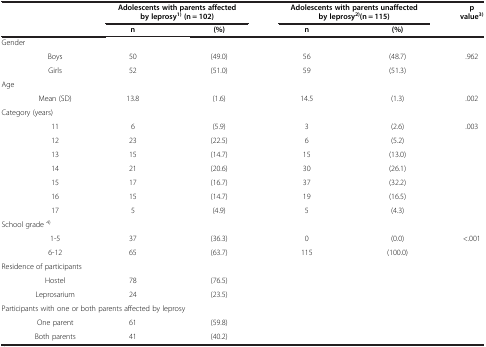
| <ROWSPAN=2-COLSPAN=2>  | <COLSPAN=2> Adolescents with parents affected by leprosy1)(n = 102) | <COLSPAN=2> Adolescents with parents unaffected by leprosy2)(n = 115) | <ROWSPAN=2> p value3) |
 | n | (%) | n | (%) |
 | --- | --- | --- | --- | --- | --- | --- |
 | <COLSPAN=7> Gender |
 |  | Boys | 50 | (49.0) | 56 | (48.7) | <ROWSPAN=2> .962 |
 |  | Girls | 52 | (51.0) | 59 | (51.3) |
 | <COLSPAN=7> Age |
 |  | Mean (SD) | 13.8 | (1.6) | 14.5 | (1.3) | .002 |
 | <COLSPAN=7> Category (years) |
 |  | 11 | 6 | (5.9) | 3 | (2.6) | <ROWSPAN=7> .003 |
 |  | 12 | 23 | (22.5) | 6 | (5.2) |
 |  | 13 | 15 | (14.7) | 15 | (13.0) |
 |  | 14 | 21 | (20.6) | 30 | (26.1) |
 |  | 15 | 17 | (16.7) | 37 | (32.2) |
 |  | 16 | 15 | (14.7) | 19 | (16.5) |
 |  | 17 | 5 | (4.9) | 5 | (4.3) |
 | <COLSPAN=7> School grade 4) |
 |  | 1-5 | 37 | (36.3) | 0 | (0.0) | <ROWSPAN=2> <.001 |
 |  | 6-12 | 65 | (63.7) | 115 | (100.0) |
 | <COLSPAN=7> Residence of participants |
 |  | Hostel | 78 | (76.5) |  |  |  |
 |  | Leprosarium | 24 | (23.5) |  |  |  |
 | <COLSPAN=7> Participants with one or both parents affected by leprosy |
 |  | One parent | 61 | (59.8) |  |  |  |
 |  | Both parents | 41 | (40.2) |  |  |  |